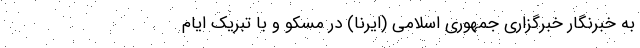
به خبرنگار خبرگزاری جمهوری اسلامی (ایرنا) در مسکو و با تبریک ایام